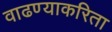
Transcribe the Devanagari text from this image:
वाढण्याकरिता